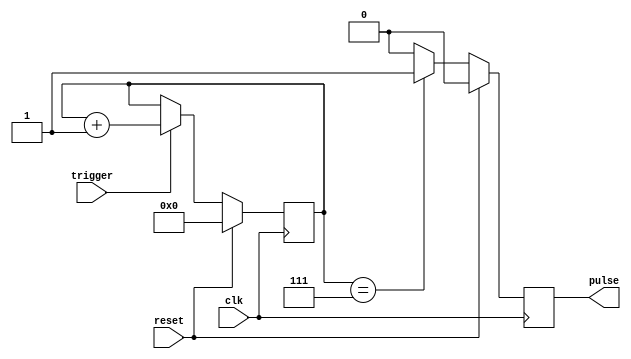
module async_pulse_gen (
    input trigger,
    input clk,
    input reset,
    
    output reg pulse
);

reg [7:0] counter;
reg pulse_reg;

always @(posedge clk) begin
    if (reset)
        counter <= 8'd0;
    else begin
        if (trigger)
            counter <= counter + 1;
    end
end

always @(posedge clk) begin
    if (reset)
        pulse_reg <= 1'b0;
    else begin
        if (counter == 8'd7)
            pulse_reg <= 1'b1;
        else
            pulse_reg <= 1'b0;
    end
end

assign pulse = pulse_reg;

endmodule